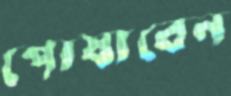
পোষাবেন